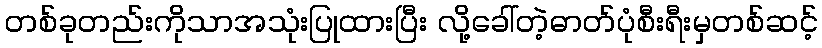
တစ်ခုတည်းကိုသာအသုံးပြုထားပြီး လို့ခေါ်တဲ့ဓာတ်ပုံစီးရီးမှတစ်ဆင့်